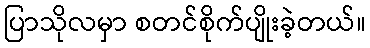
ပြာသိုလမှာ စတင်စိုက်ပျိုးခဲ့တယ်။